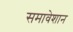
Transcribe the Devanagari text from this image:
समावेशान